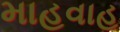
માહવાહ